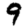
Digit: 9